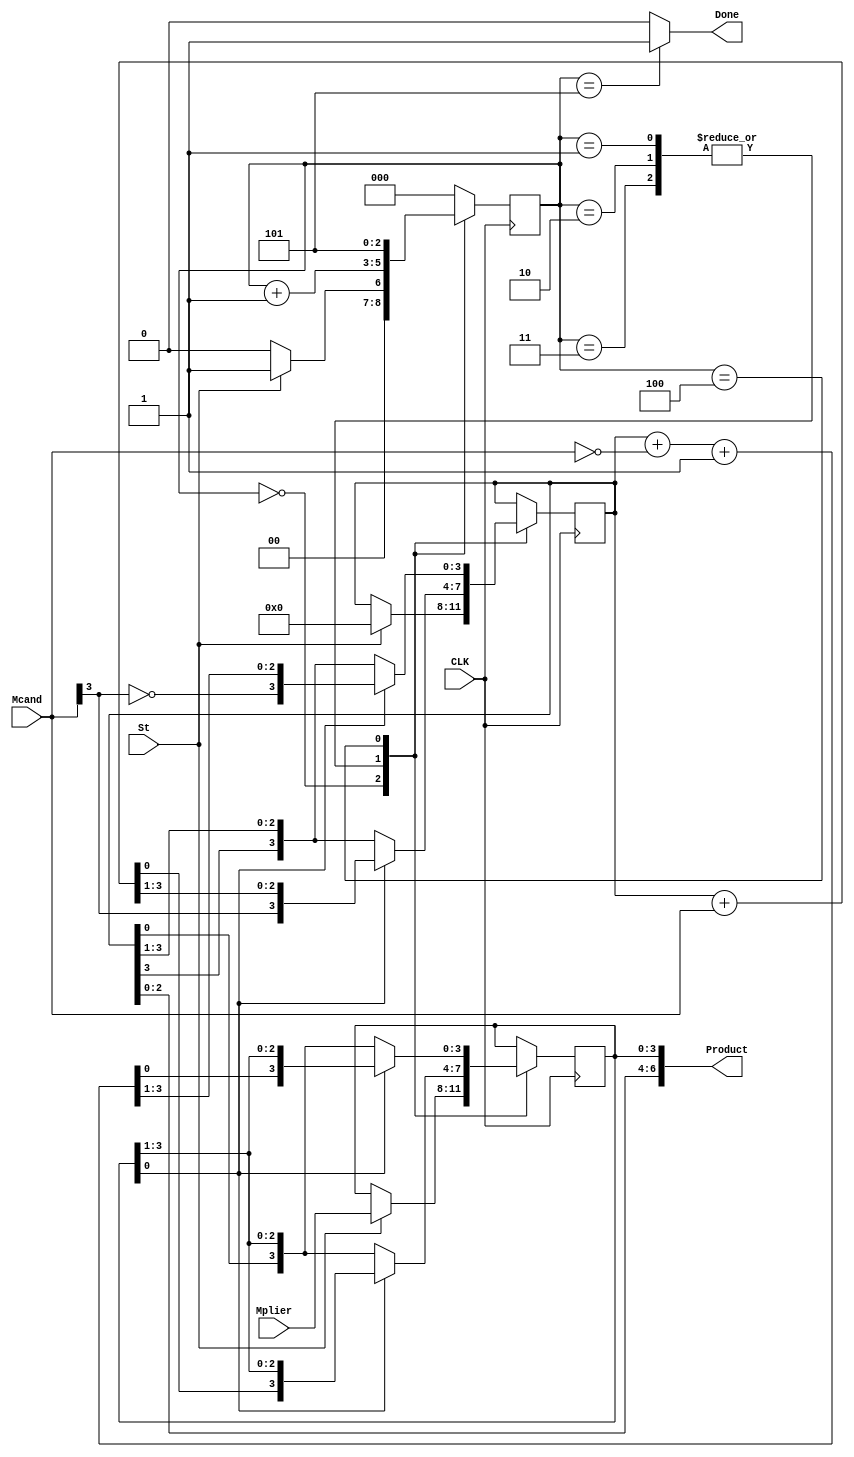
//`define M B[0]
 module mult2C (CLK, St, Mplier, Mcand, Product, Done);
   input CLK;
   input St;
   input[3:0] Mplier;
   input[3:0] Mcand;
   output[6:0] Product;
   output Done;
   reg[2:0] State;
   reg[3:0] A;
   reg[3:0] B;
   reg[3:0] addout;
   wire M;
   initial
   begin
      State = 0;
   end
    assign M=B[0];
   always @(posedge CLK)
   begin
$monitor("CLK:%b,Mplier:%b,Mcand:%b,State:%b,addout:%b,St:%b,M:%b,Product:%b,Done:%b",
         CLK,Mplier,Mcand,State,addout,St,M,Product,Done);      
		case (State)
            0 :
                     begin
                        if (St == 1'b1)
                        begin
                           A <= 4'b0000 ;
                           B <= Mplier ;
									                           State <= 1 ;
                        end
  
 
      else
   
         State <= 0;
                     end
            1, 2, 3 :
                     begin
                        if (M == 1'b1)
                        begin
                           addout = A + Mcand;
                           A <= {Mcand[3], addout[3:1]} ;
                           B <= {addout[0], B[3:1]} ;
                        end
                        else
                        begin
                           A <= {A[3], A[3:1]} ;
                           B <= {A[0], B[3:1]} ;
                        end
                        State <= State + 1 ;
                     end
            4 :
                     begin
                        if (M == 1'b1)
                        begin
                           addout = A + ~Mcand + 1;
                           A <= {~Mcand[3], addout[3:1]} ;
                           B <= {addout[0], B[3:1]} ;
                        end
                        else
                        begin
                           A <= {A[3], A[3:1]} ;
                           B <= {A[0], B[3:1]} ;
                        end
                        State <= 5 ;
                     end
            5 :
                     begin
                       State <= 0 ;
                     end
    
      default :
                     begin
                        State <= 0 ;
                     end
         endcase
         end
   assign Done = (State == 5) ? 1'b1 : 1'b0 ;
   assign Product = {A[2:0], B} ;
endmodule